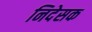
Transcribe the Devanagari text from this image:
निदेसक